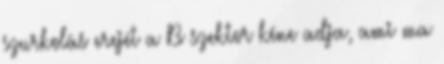
szurkolás erejét a B szektor kéne adja, ami ma